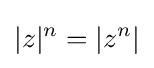
|z|^{n}=|z^{n}|